Civil Veterinary Dept. Bombay admin report 1900-1906 - 1900-1906
Year: 1900
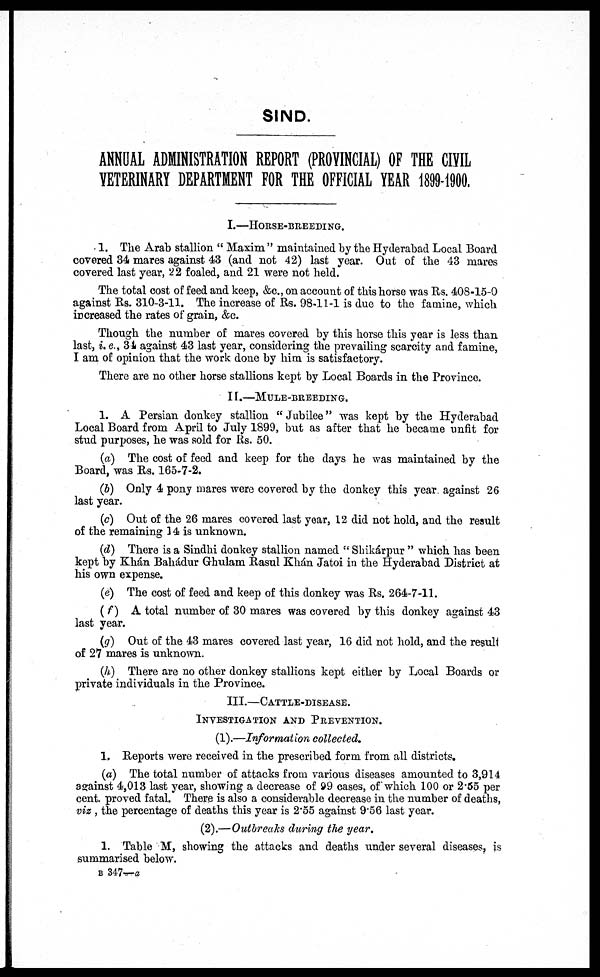
SIND.
ANNUAL ADMINISTRATION REPORT (PROVINCIAL) OF THE CIVIL
VETERINARY DEPARTMENT FOR THE OFFICIAL YEAR 1899-1900.
I.—HORSE-BREEDING.
1. The Arab stallion "Maxim" maintained by the Hyderabad Local Board
covered 34 mares against 43 (and not 42) last year. Out of the 43 mares
covered last year, 22 foaled, and 21 were not held.
The total cost of feed and keep, &c., on account of this horse was Rs. 408-15-0
against Rs. 310-3-11. The increase of Rs. 98-11-1 is due to the famine, which
increased the rates of grain, &c.
Though the number of mares covered by this horse this year is less than
last, i. e., 34 against 43 last year, considering the prevailing scarcity and famine,
I am of opinion that the work done by him is satisfactory.
There are no other horse stallions kept by Local Boards in the Province.
II.—MULE-BREEDING.
1. A Persian donkey stallion "Jubilee" was kept by the Hyderabad
Local Board from April to July 1899, but as after that he became unfit for
stud purposes, he was sold for Rs. 50.
(a) The cost of feed and keep for the days he was maintained by the
Board, was Rs. 165-7-2.
(b) Only 4 pony mares were covered by the donkey this year, against 26
last year.
(c) Out of the 26 mares covered last year, 12 did not hold, and the result
of the remaining 14 is unknown.
(d) There is a Sindhi donkey stallion named "Shikárpur" which has been
kept by Khán Bahádur Ghnlam Rasul Khán Jatoi in the Hyderabad District at
his own expense.
(e) The cost of feed and keep of this donkey was Rs. 264-7-11.
(f)
A total number of 30 mares was covered by this donkey against 43
last year.
(g) Out of the 43 mares covered last year, 16 did not hold, and the result
of 27 mares is unknown.
(h) There are no other donkey stallions kept either by Local Boards or
private individuals in the Province.
III.—CATTLE-DISEASE.
INVESTIGATION AND PREVENTION.
(1).—Information collected.
1. Reports were received in the prescribed form from all districts.
(a) The total number of attacks from various diseases amounted to 3,914
against 4,013 last year, showing a decrease of 99 cases, of which 100 or 2.55 per
cent. proved fatal. There is also a considerable decrease in the number of deaths,
viz , the percentage of deaths this year is 2.55 against 9.56 last year.
(2).—Outbreaks during the year.
1. Table M, showing the attacks and deaths under several diseases, is
summarised below.
B 347—a